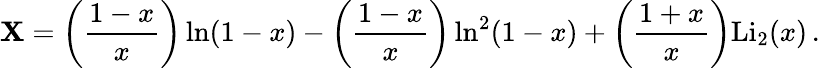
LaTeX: \mathbf{X}=\left(\frac{{1-x}}{{x}}\right)\ln(1-x)-\left(\frac{{1-x}}{{x}}\right)\ln^{2}(1-x)+\left(\frac{{1+x}}{{x}}\right)\mathrm{{Li_{2}}}(x)\, .